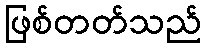
ဖြစ်တတ်သည်